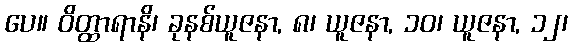
ပေ။ ဝိတ္ထာရာနိ၊ ခုနစ်ယူဇနာ, ၈၊ ယူဇနာ, ၁၀၊ ယူဇနာ, ၁၂၊